Vaccination in Bombay 1913-1923 - 1913-1923
Year: 1913
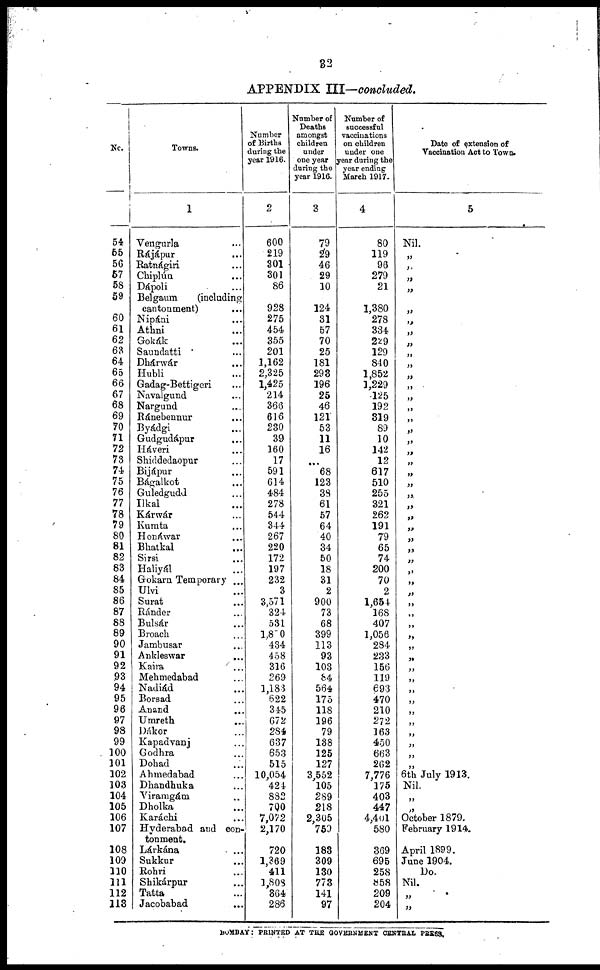
32
APPENDIX III—concluded.
No.
54
55
56
57
58
59
60
61
62
63
64
65
66
67
68
69
70
71
72
73
74
75
76
77
78
79
80
81
82
83
84
85
86
87
88
89
90
91
92
93
94
95
96
97
98
99
100
101
102
103
104
105
106
107
108
109
110
111
112
113
Towns.
1
Vengurla ...
Rájápur ...
Ratnágiri ...
Chiplún ...
Dápoli ...
Belgaum
(including
cantonment) ...
Nipáni ...
Athni ...
Gokák ...
Saundatti ...
Dhárvár ...
Hubli ...
Gadag-Bettigeri ...
Navalgund ...
Nargund ...
Ránebennur ...
Byádgi ...
Gudgudápur ...
Háveri ...
Shiddedaopur ...
Bijápur ...
Bágalkot ...
Guledgudd ...
Ilkal ...
Kárwár ...
Kumta ...
Honáwar ...
Bhatkal ...
Sirsi ...
Haliyál ...
Gokarn Temporary...
Ulvi ...
Surat ...
Ránder ...
Bulsár ...
Broach ...
Jambusar ...
Ankleswar ...
Kaira ...
Mehmedabad ...
Nadiád ...
Borsad ...
Anand ...
Umreth ...
Dákor ...
Kapadvanj ...
Godhra ...
Dohad ...
Ahmedabad ...
Dhandhuka ...
Viramgám ...
Dholka ...
Karáchi ...
Hyderabad and con-
tonment.
Lárkána ...
Sukkur ...
Rohri ...
Shikárpur ...
Tatta ...
Jacobabad ...
Number
of Births
during the
year 1916.
2
600
219
301
301
86
928
275
454
355
201
1,162
2,325
1,425
214
366
616
230
39
160
17
591
614
484
278
544
344
267
220
172
197
232
3
3,571
324
531
1,800
434
458
316
269
1,183
622
345
672
284
637
653
515
10,054
424
882
700
7,072
2,170
720
1,369
411
1,808
364
286
Number of
Deaths
amongst
children
under
one year
during the
year 1916.
3
79
29
46
29
10
124
31
57
70
25
181
293
196
25
46
121
53
11
16
...
68
123
38
61
57
64
40
34
50
18
31
2
900
73
68
399
113
93
103
84
564
175
118
196
79
138
125
127
3,552
105
289
218
2,305
759
183
309
130
773
141
97
Number of
successful
vaccinations
on children
under one
year during the
year ending
March 1917.
4
80
119
96
279
21
1,380
278
334
229
129
840
1,852
1,229
125
192
319
89
10
142
12
617
510
255
321
262
191
79
65
74
200
70
2
1,654
168
407
1,056
284
233
156
119
693
470
210
272
163
450
663
262
7,776
175
403
447
4,401
580
369
695
258
858
209
204
Date of extension of
Vaccination Act to Town.
5
Nil.
„
„
„
„
„
„
„
„
„
„
„
„
„
„
„
„
„
„
„
„
„
„
„
„
„
„
„
„
„
„
„
„
„
„
„
„
„
„
„
„
„
„
„
„
„
„
„
6th July 1913.
Nil.
„
„
October 1879.
February 1914.
April 1899.
June 1904.
Do.
Nil.
„
„
BOMBAY: PRINTED AT THE GOVERNMENT CENTRAL PRESS.